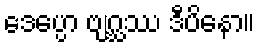
ဒေပ္ပော ဗျဂ္ဃဿ ဒီပိနော။